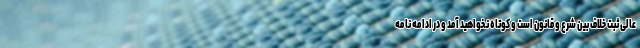
عالی ثبت خلاف بین شرع و قانون است و کوتاه نخواهید آمد و در ادامه نامه